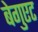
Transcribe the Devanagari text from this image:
बेगुएट